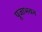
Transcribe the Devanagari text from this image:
पूजाभवन